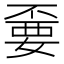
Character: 嫑